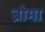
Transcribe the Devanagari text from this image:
ब्रोमा